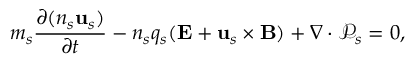
m _ { s } \frac { \partial ( n _ { s } \mathbf { u } _ { s } ) } { \partial t } - n _ { s } q _ { s } ( \mathbf { E } + \mathbf { u } _ { s } \times \mathbf { B } ) + \nabla \cdot \mathcal { P } _ { s } = 0 ,